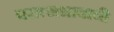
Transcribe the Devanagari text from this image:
परात्मभावाची